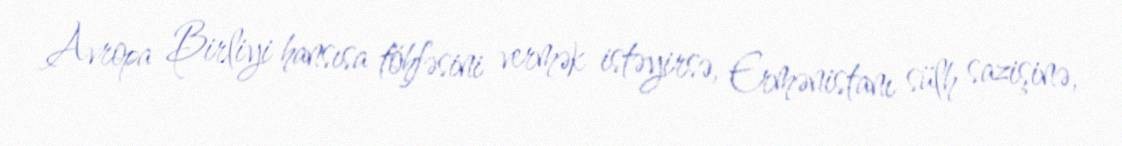
Avropa Birliyi hansısa töhfəsini vermək istəyirsə, Ermənistanı sülh sazişinə,